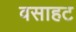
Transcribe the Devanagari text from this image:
वसाहट